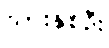
သားနှစ်ဦး